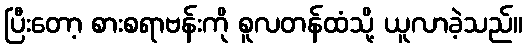
ပြီးတော့ စားစရာဗန်းကို စူလတန်ထံသို့ ယူလာခဲ့သည်။